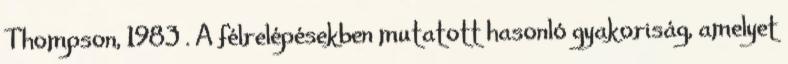
Thompson, 1983 . A félrelépésekben mutatott hasonló gyakoriság, amelyet